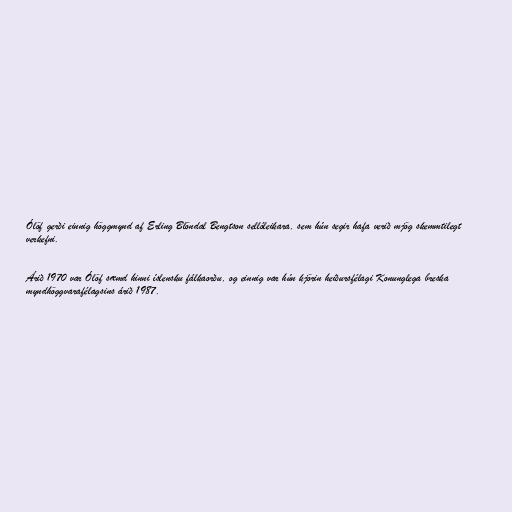
Ólöf gerði einnig höggmynd af Erling Blöndal Bengtson sellóleikara, sem hún segir hafa verið mjög skemmtilegt
verkefni.

Árið 1970 var Ólöf sæmd hinni íslensku fálkaorðu, og einnig var hún kjörin heiðursfélagi Konunglega breska
myndhöggvarafélagsins árið 1987.